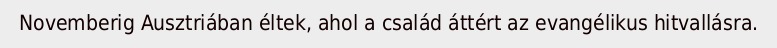
Novemberig Ausztriában éltek, ahol a család áttért az evangélikus hitvallásra.